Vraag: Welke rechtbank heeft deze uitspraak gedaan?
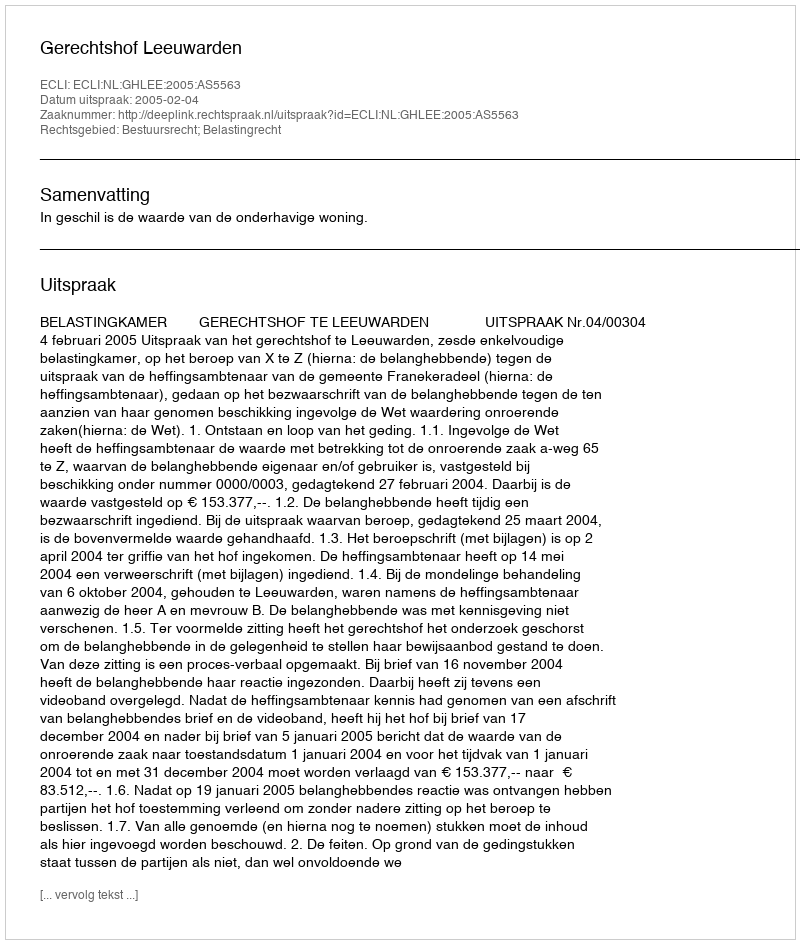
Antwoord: Gerechtshof Leeuwarden